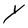
Character: Y